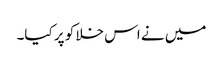
میں نے اس خلا کو پر کیا۔